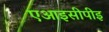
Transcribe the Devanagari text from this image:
एआइसीपीइ